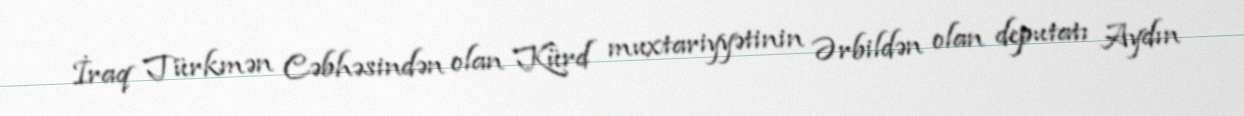
İraq Türkmən Cəbhəsindən olan Kürd muxtariyyətinin Ərbildən olan deputatı Aydın